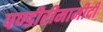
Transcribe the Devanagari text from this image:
पण्डीरीमामीदी